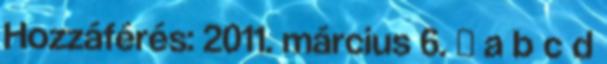
Hozzáférés: 2011. március 6. ↑ a b c d